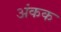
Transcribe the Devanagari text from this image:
अंकक